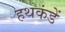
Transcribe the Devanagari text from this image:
हथकंडें